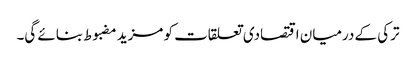
ترکی کے درمیان اقتصادی تعلقات کو مزید مضبوط بنائے گی۔